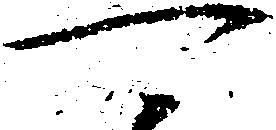
可